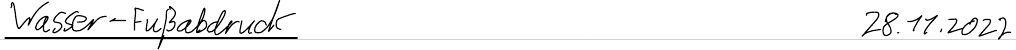
Wasser-Fußabdruck    28.11.2022